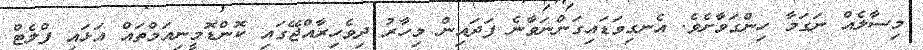
މިސާލެއް ނަގަމާ ހިންގަވާށެވެ. އެނގިވަޑައިގަންނަވާނެ ފަދައިން މިހާރު ދިވެހިރާއްޖޭގައި ކޮންޑޮމީނިއަމްތައް އަޅައި ފްލެޓް